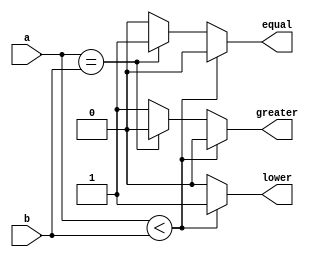
module comparator ( a ,b ,equal ,greater ,lower );

output equal ;
reg equal ;
output greater ;
reg greater ;
output lower ;
reg lower ;

input [7:0] a;
wire [7:0] a ;
input [7:0] b  ;
wire [7:0] b ;

always @ (a or b) begin
 if (a<b) begin
  equal = 0;
  lower = 1;
  greater = 0;
 end else if (a==b) begin
  equal = 1;
  lower = 0;
  greater = 0;
 end else begin
  equal = 0;
  lower = 0;
  greater = 1;
 end
end
 

endmodule